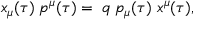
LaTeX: x _ { \mu } ( \tau ) \; p ^ { \mu } ( \tau ) = \; q \; p _ { \mu } ( \tau ) \; x ^ { \mu } ( \tau ) ,